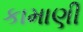
કામાણી